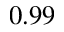
0 . 9 9